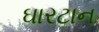
ઘારટાન